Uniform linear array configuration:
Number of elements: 4
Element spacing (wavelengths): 1
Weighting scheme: hann
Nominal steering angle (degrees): -15
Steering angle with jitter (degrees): -14.376
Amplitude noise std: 0.05
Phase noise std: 0.05

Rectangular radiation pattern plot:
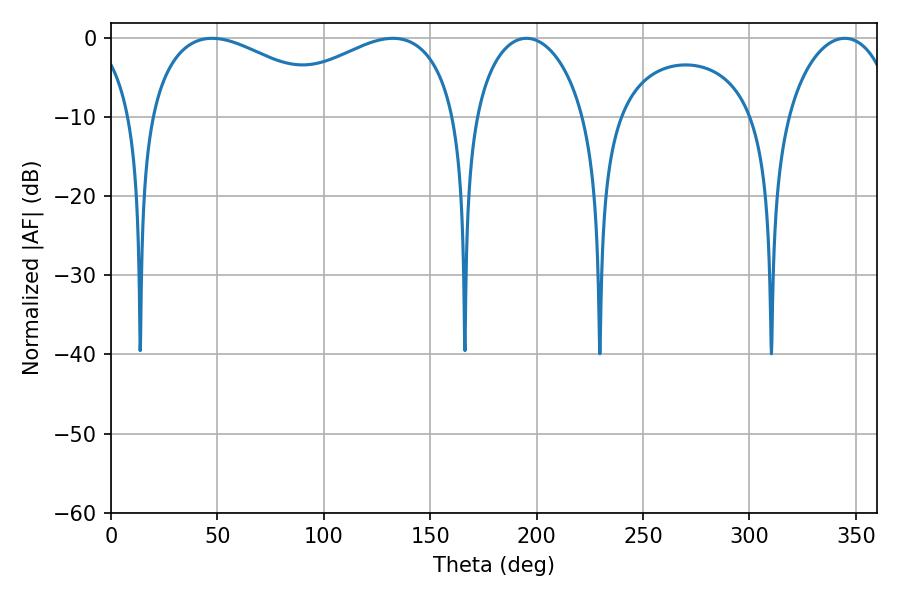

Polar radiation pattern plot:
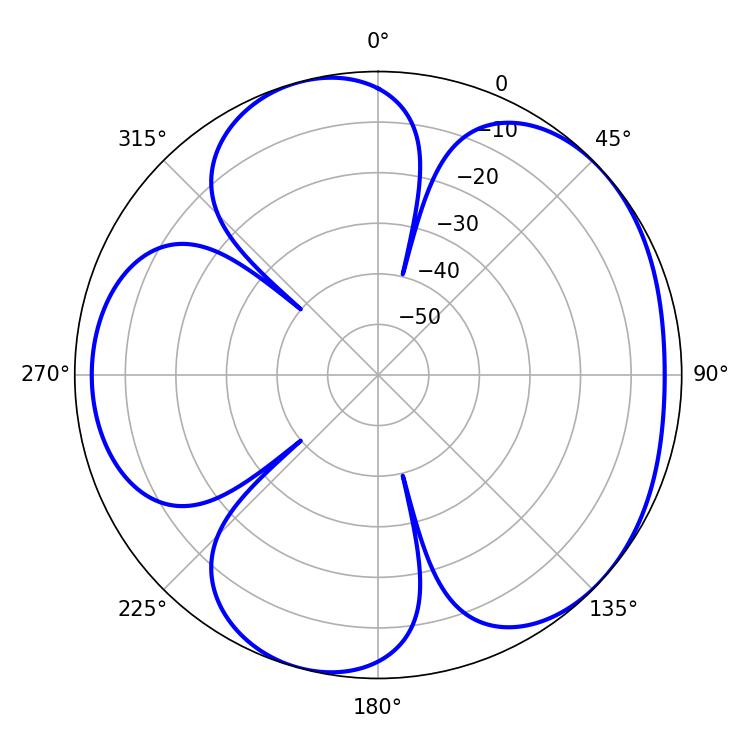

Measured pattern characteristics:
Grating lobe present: TRUE
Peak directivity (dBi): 4.781
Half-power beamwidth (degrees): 51.48
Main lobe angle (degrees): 47.52